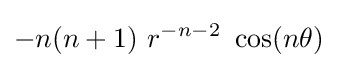
-n(n+1)~r^{-n-2}~\cos(n\theta )